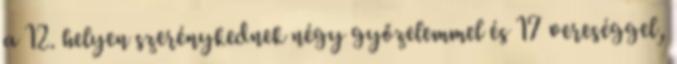
a 12. helyen szerénykednek négy győzelemmel és 17 vereséggel,